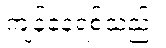
ကျန်နေရစ်သည်။